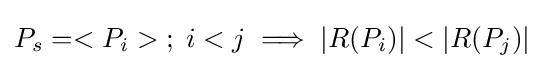
P_{s}=<P_{i}>\;;\;i<j\implies |R(P_{i})|<|R(P_{j})|